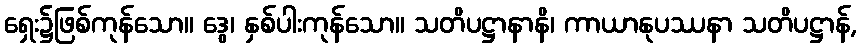
ရှေး၌ဖြစ်ကုန်သော။ ဒွေ၊ နှစ်ပါးကုန်သော။ သတိပဋ္ဌာနာနိ၊ ကာယာနုပဿနာ သတိပဋ္ဌာန်,